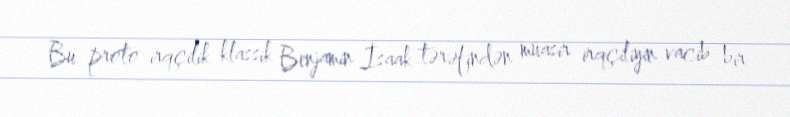
Bu proto-irqçilik klassik Benjamin İsaak tərəfindən müasir irqçiliyin vacib bir